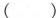
()